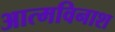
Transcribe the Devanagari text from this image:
आत्मविनाश